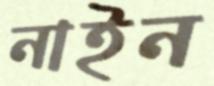
নাইন